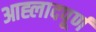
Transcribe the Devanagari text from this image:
आह्लादपूर्ण